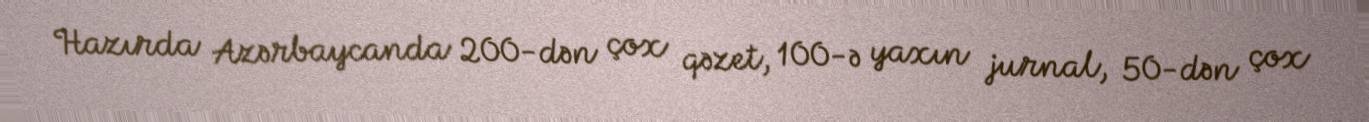
Hazırda Azərbaycanda 200-dən çox qəzet, 100-ə yaxın jurnal, 50-dən çox